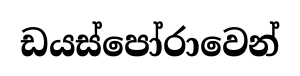
ඩයස්පෝරාවෙන්